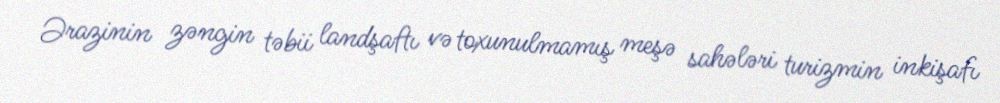
Ərazinin zəngin təbii landşaftı və toxunulmamış meşə sahələri turizmin inkişafı